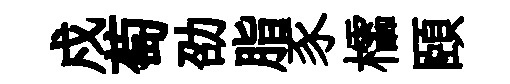
戍萄劭脂豕櫺頤